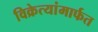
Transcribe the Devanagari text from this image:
विक्रेत्यांमार्फत